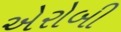
એરોબી